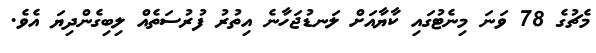
މެޗުގެ 78 ވަނަ މިނެޓުގައި ކާޔާއަށް ލަނޑުޖަހާނެ އިތުރު ފުރުސަތެއް ލިބިގެންދިޔަ އެވެ.